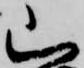
山